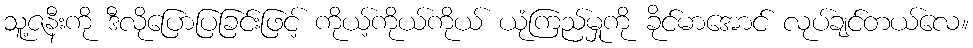
သူ့ဇနီးကို ဒီလိုပြောပြခြင်းဖြင့် ကိုယ့်ကိုယ်ကိုယ် ယုံကြည်မှုကို ခိုင်မာအောင် လုပ်ချင်တယ်လေ။